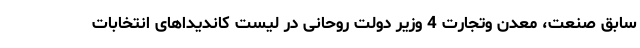
سابق صنعت، معدن وتجارت 4 وزیر دولت روحانی در لیست کاندیداهای انتخابات